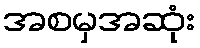
အစမှအဆုံး